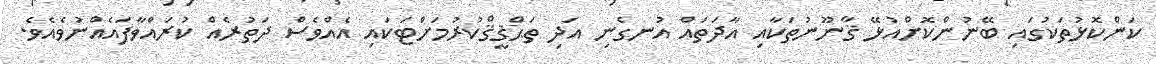
ކަންކޮޅުތަކުގައި ބޭނުންކޮށްއުޅޭ ޤާނޫނުތަކާއި އާދަތައް އުނގެނި އަދި ތަޙްޤީޤްކުރުމަށްޓަކައި އެއްވެސް ދަތުރެއް ކުރައްވާފައެއްނުވެއެވެ.